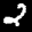
Label: 2